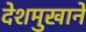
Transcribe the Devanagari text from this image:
देशमुखानें